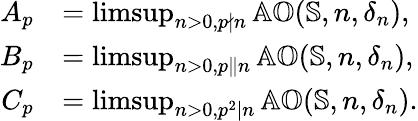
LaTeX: \begin{array}{rl}{A_{p}}&{=\operatorname*{limsup}_{n>0,p\nmid n}\mathbb{AO}(\mathbb{S},n,\delta_{n}),}\\ {B_{p}}&{=\operatorname*{limsup}_{n>0,p\Vert n}\mathbb{AO}(\mathbb{S},n,\delta_{n}),}\\ {C_{p}}&{=\operatorname*{limsup}_{n>0,p^{2}\mid n}\mathbb{AO}(\mathbb{S},n,\delta_{n}).}\end{array}